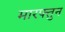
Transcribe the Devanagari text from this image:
मारफ्तुन